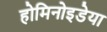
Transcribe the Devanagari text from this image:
होमिनोइडेया